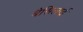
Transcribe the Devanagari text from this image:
बैसिलाई